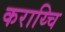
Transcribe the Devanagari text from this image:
कराय्चि